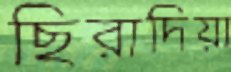
ছিরাদিয়া